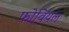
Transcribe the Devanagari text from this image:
फोवियल